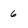
Character: 6